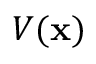
V ( { \bf x } )